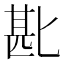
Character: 𫧈